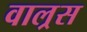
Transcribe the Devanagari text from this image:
वाल्रस